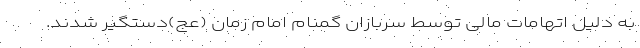
به دلیل اتهامات مالی توسط سربازان گمنام امام زمان (عج)دستگیر شدند.